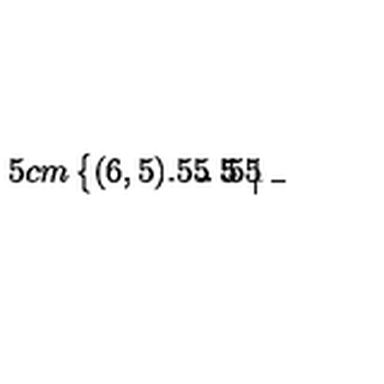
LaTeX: \unitlength . 5 c m \left\{ \begin{picture} { ( 6 , 5 ) \put ( 2 , 4 . 5 ) { \line ( 0 , - 1 ) { 4 . 5 } } \put ( 1 . 5 , 4 ) { \line ( 1 , 0 ) { 1 } } \put ( 1 . 5 , 3 ) { \line ( 1 , 0 ) { 1 } } \put ( 1 . 5 , 2 ) { \line ( 1 , 0 ) { 1 } } \put ( 1 . 5 , 1 ) { \line ( 1 , 0 ) { 1 } } \put ( 1 , . 5 ) { \line ( 1 , 0 ) { 4 . 5 } } } \\ \end{picture} \right.